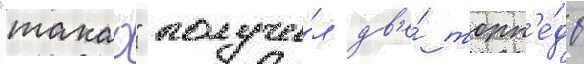
"такао" получи́л дв'е́ торп'е́ды